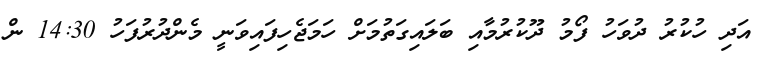
އަދި ހުކުރު ދުވަހު ފޯމު ދޫކުރުމާއި ބަލައިގަތުމަށް ހަމަޖެހިފައިވަނީ މެންދުރުފަހު 14:30 ން